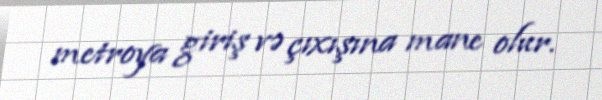
metroya giriş və çıxışına mane olur.